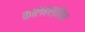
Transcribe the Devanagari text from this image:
कालहस्तीवर